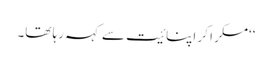
‘‘مسکرا کر اپنائیت سے کہہ رہا تھا۔